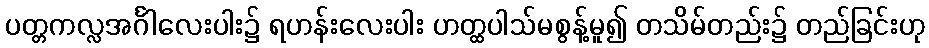
ပတ္တကလ္လအင်္ဂါလေးပါး၌ ရဟန်းလေးပါး ဟတ္ထပါသ်မစွန့်မူ၍ တသိမ်တည်း၌ တည်ခြင်းဟု